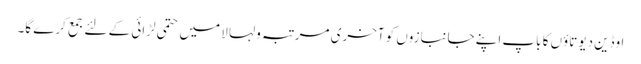
اوڈین دیوتاؤں کا باپ اپنے جانبازوں کو آخری مرتبہ ولہا لا میں حتمی لڑائی کے لئے جمع کرے گا۔